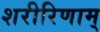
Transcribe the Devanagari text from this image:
शरीरिणाम्